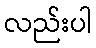
လည်းပါ